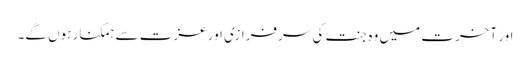
اور آخرت میں وہ جنت کی سرفرازی اور عزت سے ہمکنار ہوں گے۔